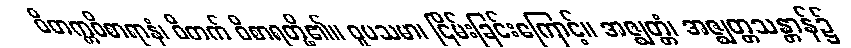
ဝိတက္ကဝိစာရာနံ၊ ဝိတက် ဝိစာရတို့၏။ ဝူပသမာ၊ ငြိမ်းခြင်းကြောင့်။ အဇ္ဈတ္တံ၊ အဇ္ဈတ္တသန္တာန်၌